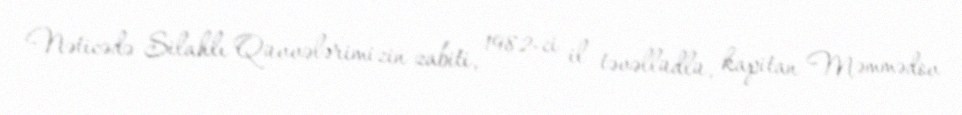
Nəticədə Silahlı Qüvvələrimizin zabiti, 1982-ci il təvəllüdlü, kapitan Məmmədov